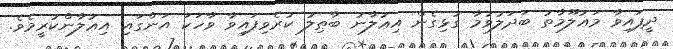
ދީފައިވާ މަޢުލޫމާތު ބަދަލުވުމާ ގުޅިގެން އިޢުލާނު ބާޠިލު ކުރެވިފައިވާ ވާހަކަ އަންގައި އިޢުލާންކުރީމެވެ.